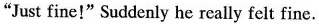
"Just fine!" Suddenly he really felt fine.